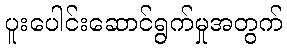
ပူးပေါင်းဆောင်ရွက်မှုအတွက်